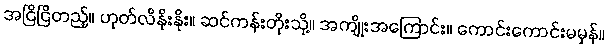
အငြိငြိတည့်။ ဟုတ်လိနိုးနိုး။ ဆင်ကန်းတိုးသို့။ အကျိုးအကြောင်း။ ကောင်းကောင်းမမှန်။